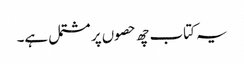
یہ کتاب چھ حصوں پر مشتمل ہے۔